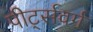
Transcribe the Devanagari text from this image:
पीर्ट्सवर्ग